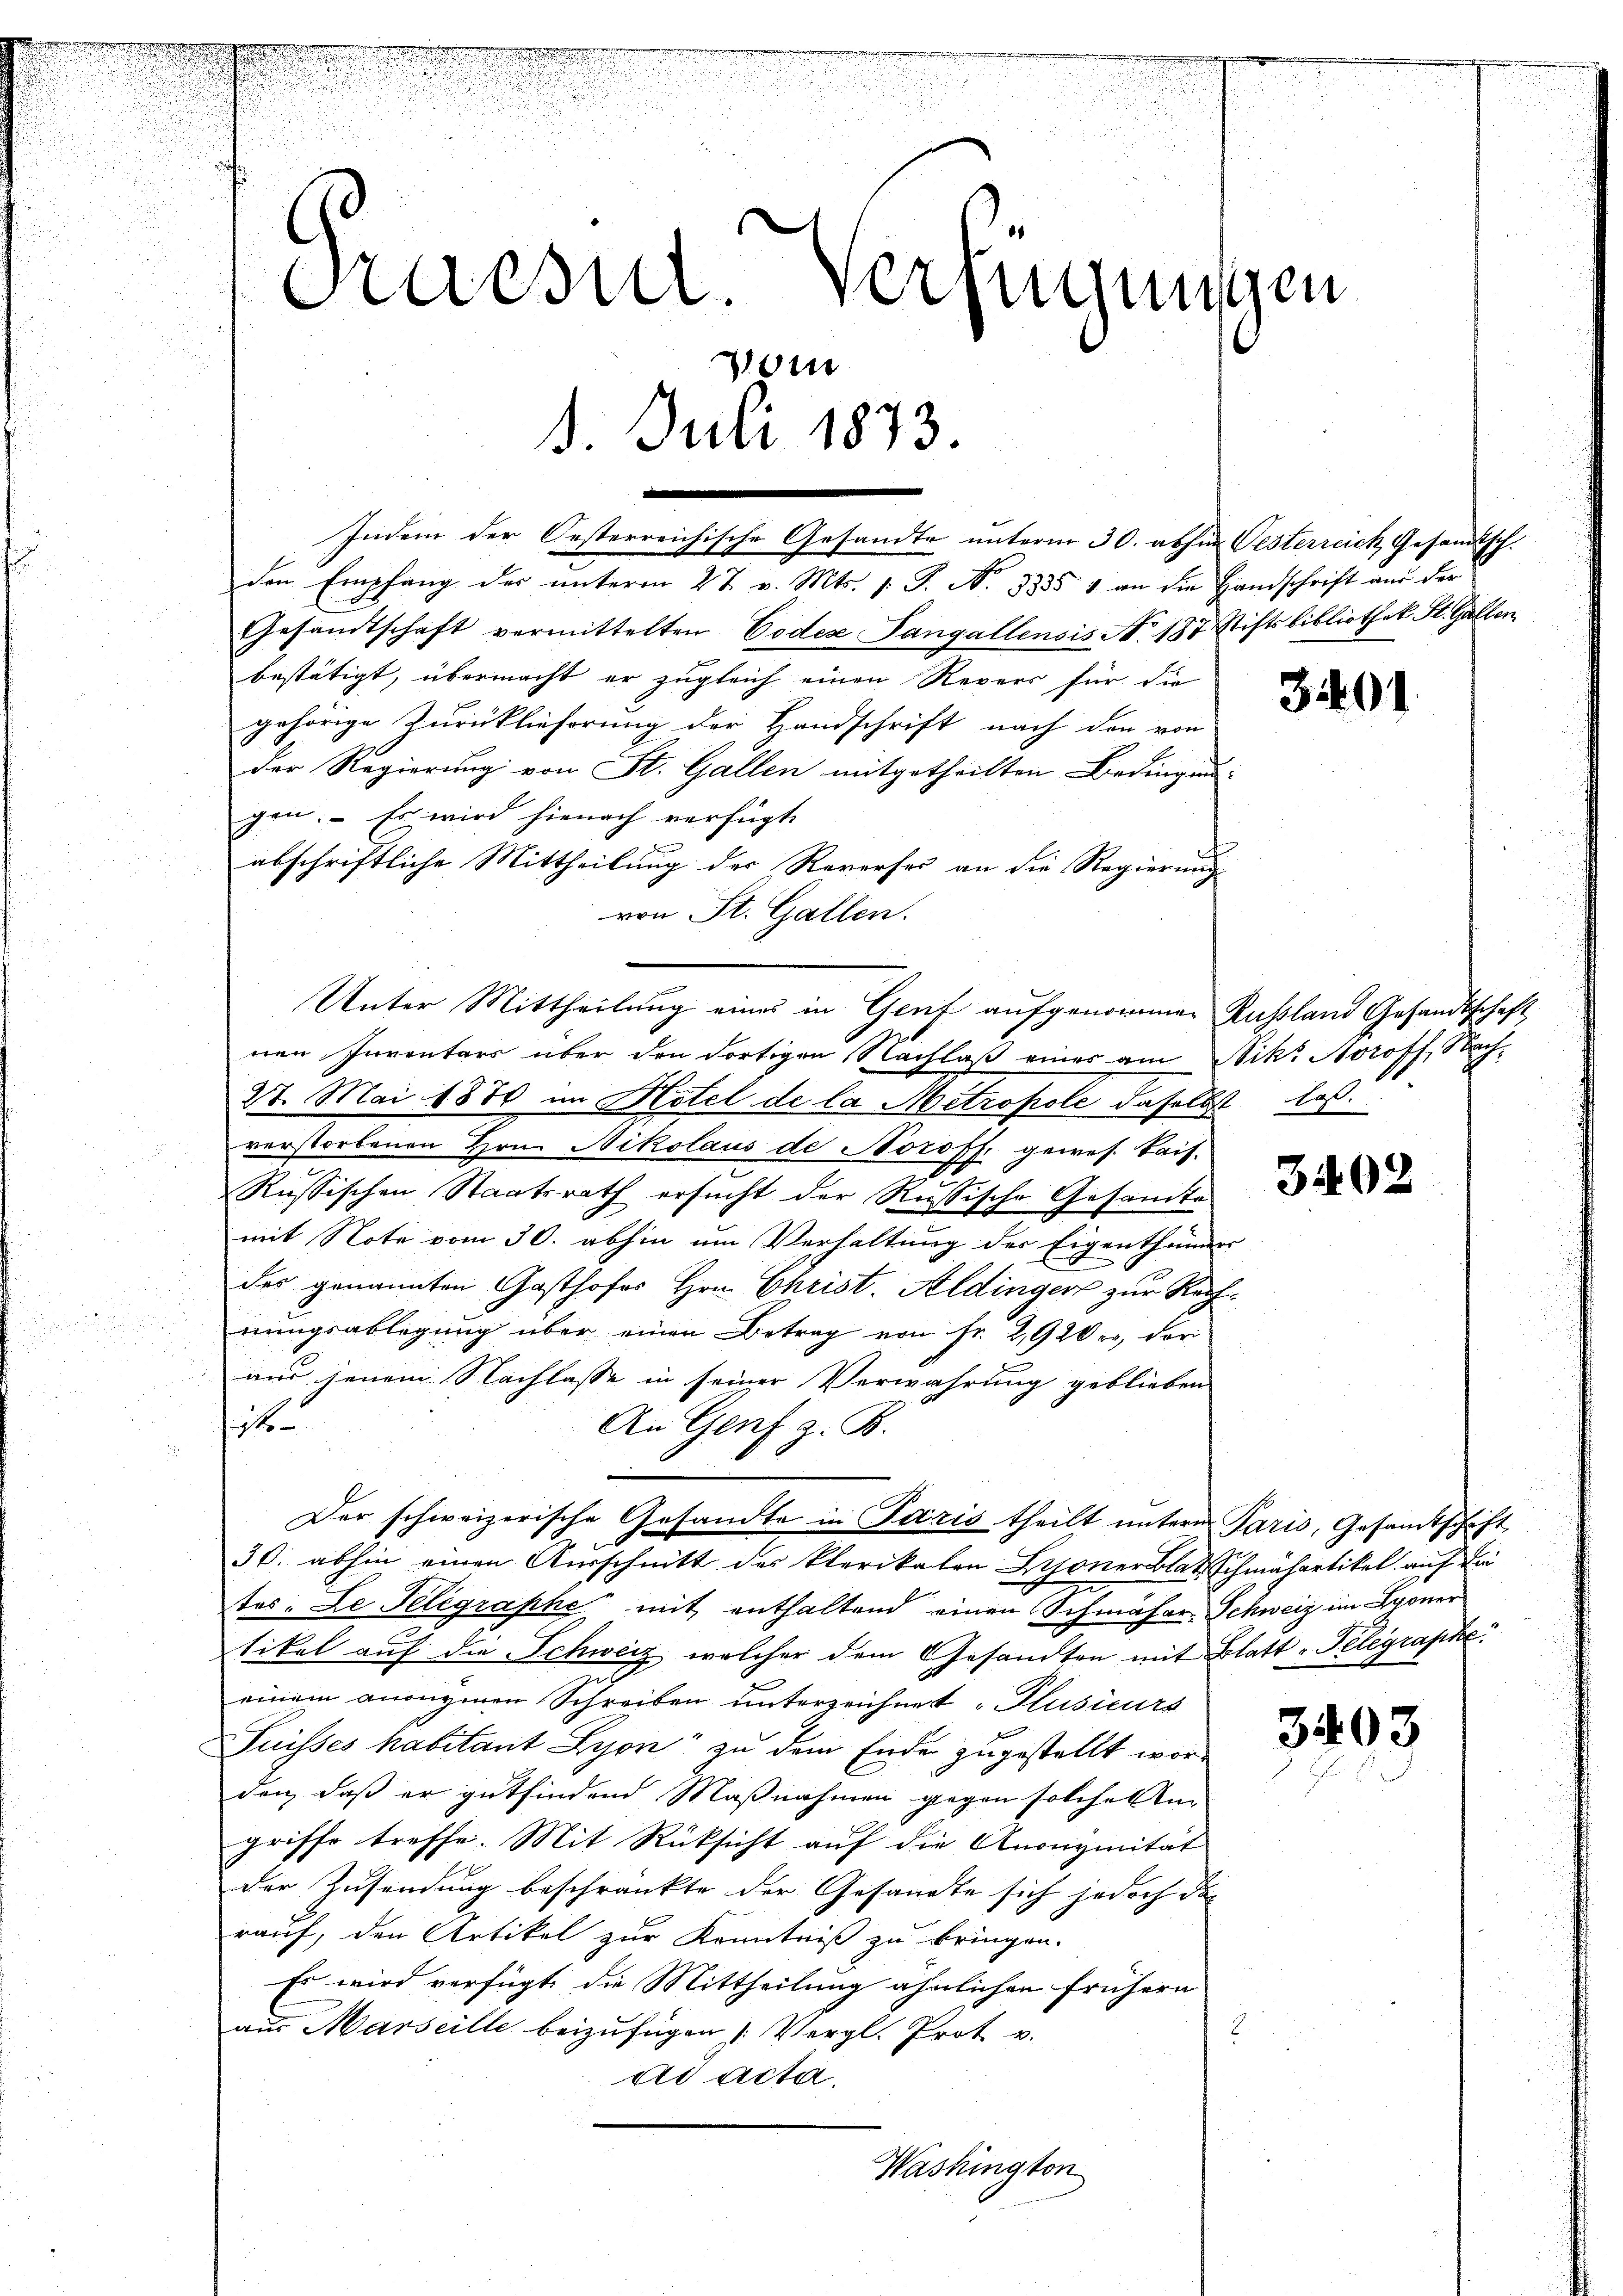
Sruesut Verfügungen
i
8. Juli 1873.

Indem der Oesterreichische Gesandte unterm 30. abhin Oesterreich Gesandtsch.
den Empfang der unterm 27. v. Mts. s. S. No. 3335 & an die Handschrift aus der
Gesandtschaft vermittelten Codes Sangallensis No. 183 Stiftsbibliothek. St. Gallen
bestätigt, übermacht er zugleich einen Revers für die
gehörige Zurücklieferung der Handschrift nach den von
der Regierung von St. Gallen mitgetheilten Bedingun-
gen. – Es wird hienach verfügt
2
abschriftliche Mittheilung der Reverses an die Regierungs
von St. Gallen.
27. Mai 1870 im Hotel de la Metropole daselbst las
verstorbenen Hrn. Nikolaus de Noroff gewes. kais.
Russischen Staatsrath ersucht der Russische Gesandte
mit Note vom 30. abhin um Verhaltung der Eigenthümers
des genannten Gasthofes Hrn. Christ. Aldingers zur Rechnungsablegung über einen Betrag von Fr. 2920 r, der
aus jenem Nachlasse in seiner Verwahrung geblieben
sichte
An Genf z. B.
Der schweizerische Gesandte in Paris theilt unterm Paris, Gesamtschaft
30. abhin einen Ausschnitt des Plerikalen Lyoner blat Schmähartikel auf die
tes: Le Telegraphe mit enthaltend einen Schmähar-Schweiz im Sponer
tikel auf die Schweiz, welcher dem Gesandten mit Blatt-Telegraphe
einem anangenen Schreiben unterzeichnet "Plusieurs
Puisses habitant Lyon zu dem Ende zugestellt worden, daß er gutfindend Maßnahmen gegen solches Im
griffe treffe. Mit Rücksicht auf die Anonymität
der Zusendung beschränkte der Gesandte sich jedoch da
rauf, den Artikel zur Kenntniß zu bringen.
Es wird verfügt, die Mittheilung ähnlichen frühern
aus Marseille beizufügen Vergl. Prot. v.
ad acta,
Washington

Unter Mittheilung eines in Gent aufgenommen Kußland Gesandtschaft
nen Inventars über den dortigen Nachlaß eines am Nik. Aeroff, Nach-

3401

3402

3403